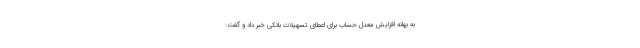
به بهانه افزایش معدل حساب برای اعطای تسهیلات بانکی خبر داد و گفت: